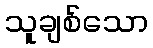
သူချစ်သော